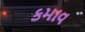
કમાવ